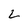
Character: L